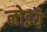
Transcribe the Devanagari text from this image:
नोइये